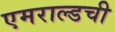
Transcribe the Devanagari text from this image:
एमराल्डची